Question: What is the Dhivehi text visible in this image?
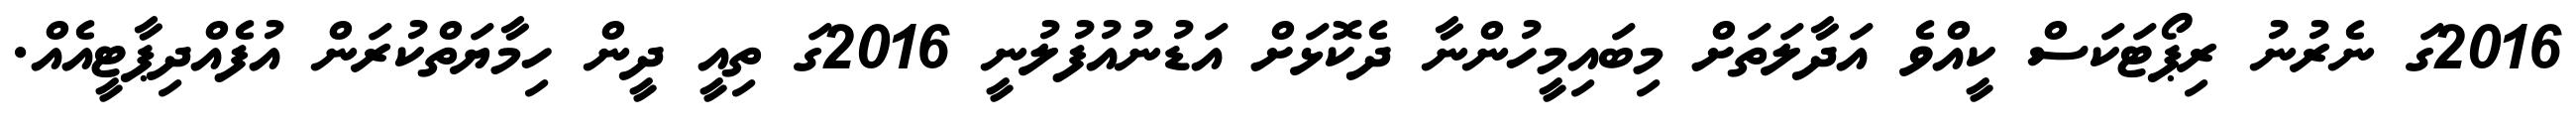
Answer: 2016ގަ ނެރުނު ރިޕޯޓަކަސް ކީއްވެ އަދާލަތަށް މިބައިމީހުންނާ ދެކޮޅަށް އަޑުނުއުފުލުނީ 2016ގަ ތިއީ ދީން ހިމާޔަތްކުރަން އުފެއްދިޕާޓީއެއް.